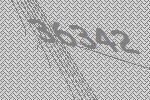
36342